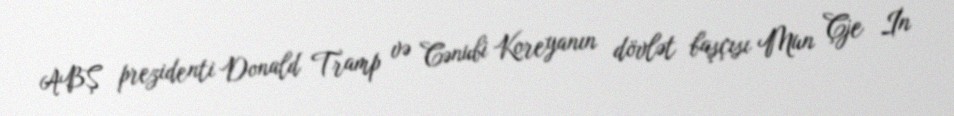
ABŞ prezidenti Donald Tramp və Cənubi Koreyanın dövlət başçısı Mun Çje İn